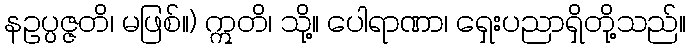
နဥပ္ပဇ္ဇတိ၊ မဖြစ်။) ဣတိ၊ သို့။ ပေါရာဏာ၊ ရှေးပညာရှိတို့သည်။